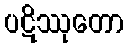
ပဋိဿုတော